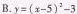
B.$$y = ( x - 5 )^{2} - 3$$